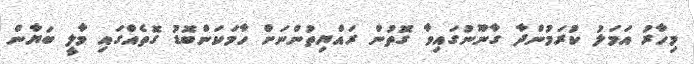
މިހާރު އަމަލު ކުރަމުންދާ ގާނޫނުގައިވާ ގޮތުން ރައްޔިތުންނަށް ހާމަކަންބޮޑު ގޮތެއްގައި މާލީ ބަޔާން